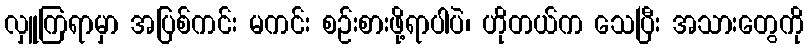
လှူကြရာမှာ အပြစ်ကင်း မကင်း စဉ်းစားဖို့ရာပါပဲ၊ ဟိုတယ်က သေပြီး အသားတွေကို